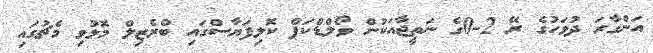
އަންގާރަ ދުވަހުގެ ރޭ 2-0ގެ ނަތީޖާއަކުން ވޯލްޑްކަޕް ކޮލިފަޔާސްގައި ބްރެޒިލް މޮޅުވި މެޗުގައި